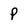
Character: p